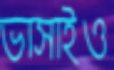
ভাসাইও